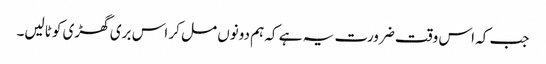
جب کہ اس وقت ضرورت یہ ہے کہ ہم دونوں مل کر اس بری گھڑی کو ٹالیں۔